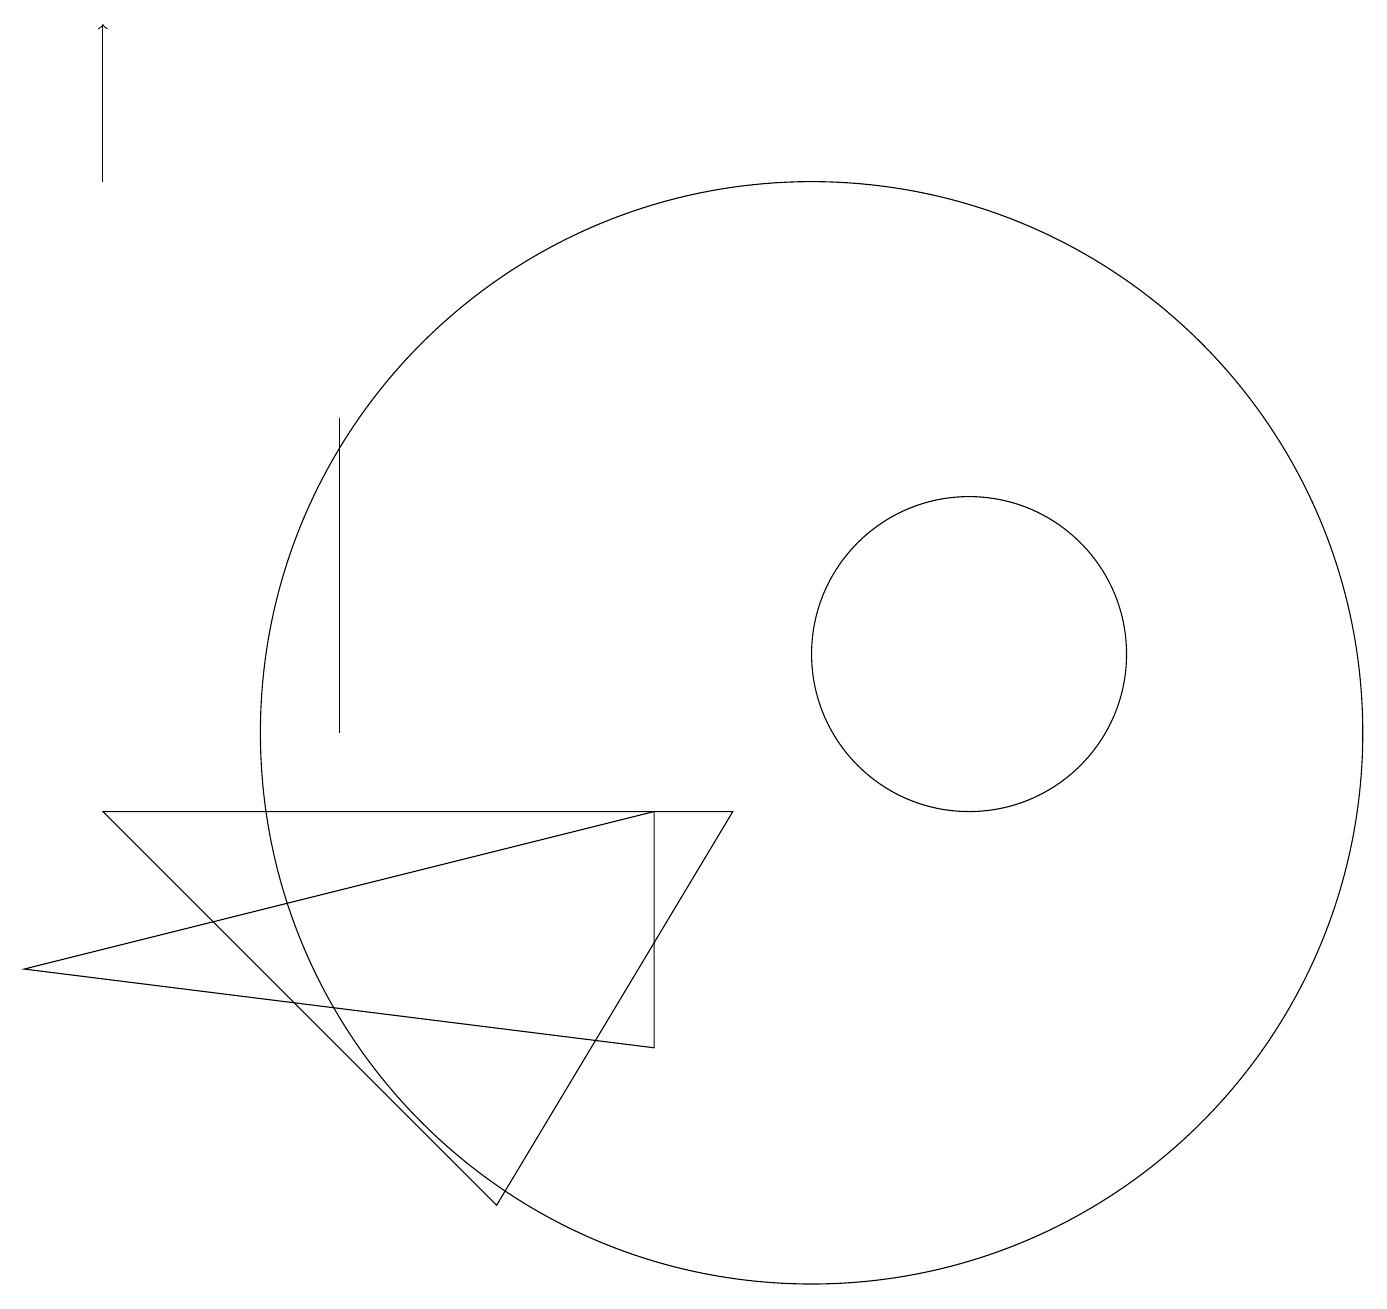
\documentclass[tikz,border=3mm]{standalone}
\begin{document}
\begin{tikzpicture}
\draw (9,9) -- (1,9) -- (6,4) -- cycle;
\draw[->] (1,17) -- (1,19);
\draw (10,10) circle (7);
\draw (4,10) rectangle (4,14);
\draw (12,11) circle (2);
\draw (11,11) circle (0);
\draw (0,7) -- (8,9) -- (8,6) -- cycle;
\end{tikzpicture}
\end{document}